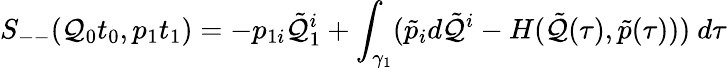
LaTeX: S_{--}(\mathcal{Q}_{0}t_{0},p_{1}t_{1})=-p_{1i}\tilde{{\mathcal{Q}}}_{1}^{i}+\int_{\gamma_{1}}(\tilde{{p}}_{i}d\tilde{{\mathcal{Q}}}^{i}-H(\tilde{{\mathcal{Q}}}(\tau),\tilde{{p}}(\tau)))\ d\tau